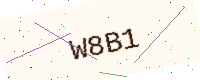
Text: W8B1